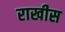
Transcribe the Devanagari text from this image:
राखीस